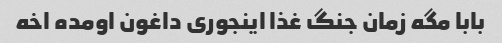
بابا مگه زمان جنگ غذا اینجوری داغون اومده اخه